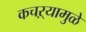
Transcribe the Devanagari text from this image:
कचऱ्यामुळे